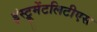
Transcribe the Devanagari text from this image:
इंस्ट्रूमेंटलिटीएस